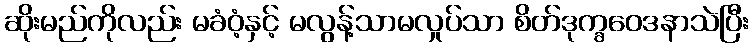
ဆိုးမည်ကိုလည်း မခံဝံ့နှင့် မလွန့်သာမလှုပ်သာ စိတ်ဒုက္ခဝေဒနာသဲပြီး